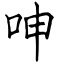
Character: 呻